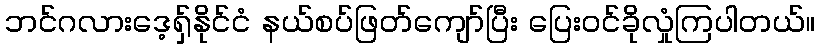
ဘင်ဂလားဒေ့ရှ်နိုင်ငံ နယ်စပ်ဖြတ်ကျော်ပြီး ပြေးဝင်ခိုလှုံကြပါတယ်။